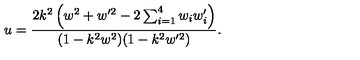
u = \frac { 2 k ^ { 2 } \left( w ^ { 2 } + w ^ { \prime 2 } - 2 \sum _ { i = 1 } ^ { 4 } w _ { i } w _ { i } ^ { \prime } \right) } { ( 1 - k ^ { 2 } w ^ { 2 } ) ( 1 - k ^ { 2 } w ^ { \prime 2 } ) } .